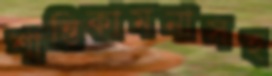
শান্তিকামনাসহ